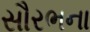
સૌરભના